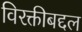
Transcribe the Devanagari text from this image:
विरक्तीबद्दल